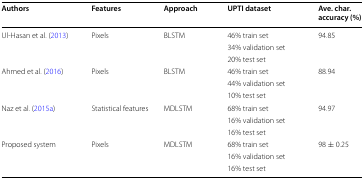
<table><thead><tr><td><b>Authors</b></td><td><b>Features</b></td><td><b>Approach</b></td><td><b>UPTI dataset</b></td><td><b>Ave. char. accuracy (%)</b></td></tr></thead><tbody><tr><td rowspan="3">Ul-Hasan et al. (2013)</td><td rowspan="3">Pixels</td><td rowspan="3">BLSTM</td><td>46% train set</td><td rowspan="3">94.85</td></tr><tr><td>34% validation set</td></tr><tr><td>20% test set</td></tr><tr><td rowspan="3">Ahmed et al. (2016)</td><td rowspan="3">Pixels</td><td rowspan="3">BLSTM</td><td>46% train set</td><td rowspan="3">88.94</td></tr><tr><td>44% validation set</td></tr><tr><td>10% test set</td></tr><tr><td rowspan="3">Naz et al. (2015a)</td><td rowspan="3">Statistical features</td><td rowspan="3">MDLSTM</td><td>68% train set</td><td rowspan="3">94.97</td></tr><tr><td>16% validation set</td></tr><tr><td>16% test set</td></tr><tr><td rowspan="3">Proposed system</td><td rowspan="3">Pixels</td><td rowspan="3">MDLSTM</td><td>68% train set</td><td rowspan="3">98 ± 0.25</td></tr><tr><td>16% validation set</td></tr><tr><td>16% test set</td></tr></tbody></table>